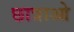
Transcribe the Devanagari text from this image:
छात्राओ